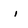
Character: i